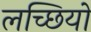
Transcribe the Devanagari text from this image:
लच्छियों